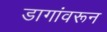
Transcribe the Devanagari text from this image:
डागांवरून